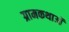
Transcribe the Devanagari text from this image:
ग्रामकथाओं